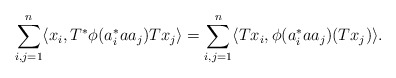
\begin{align*} \sum_{i,j=1}^n \langle x_i, T^\ast \phi(a_i^\ast a a_j) T x_j\rangle = \sum_{i,j=1}^n \langle Tx_i, \phi(a_i^\ast a a_j) (T x_j)\rangle.\end{align*}